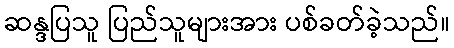
ဆန္ဒပြသူ ပြည်သူများအား ပစ်ခတ်ခဲ့သည်။